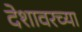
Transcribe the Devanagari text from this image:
देशावरच्या